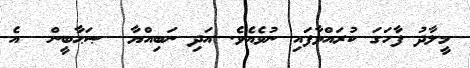
މީލާދު ފާހަގަ ކުރައްވާފައި ނުވެއެވެ. އަދި ނަބިއްޔާ  ޞަޙާބީން  އެ